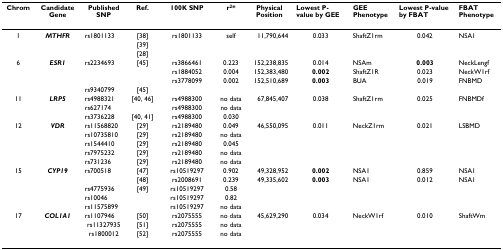
<table><thead><tr><td><b>Chrom</b></td><td><b>Candidate Gene</b></td><td><b>Published SNP</b></td><td><b>Ref.</b></td><td><b>100K SNP</b></td><td><b>r<sup>2</sup>*</b></td><td><b>Physical Position</b></td><td><b>Lowest P-value by GEE</b></td><td><b>GEE Phenotype</b></td><td><b>Lowest P-value by FBAT</b></td><td><b>FBAT Phenotype</b></td></tr></thead><tbody><tr><td>1</td><td><b><i>MTHFR</i></b></td><td>rs1801133</td><td>[38]</td><td>rs1801133</td><td>self</td><td>11,790,644</td><td>0.033</td><td>ShaftZ1rm</td><td>0.042</td><td>NSA1</td></tr><tr><td></td><td></td><td></td><td>[39]</td><td></td><td></td><td></td><td></td><td></td><td></td><td></td></tr><tr><td></td><td></td><td></td><td>[28]</td><td></td><td></td><td></td><td></td><td></td><td></td><td></td></tr><tr><td>6</td><td><b><i>ESR1</i></b></td><td>rs2234693</td><td>[45]</td><td>rs3866461</td><td>0.223</td><td>152,238,835</td><td>0.014</td><td>NSAm</td><td><b>0.003</b></td><td>NeckLengf</td></tr><tr><td></td><td></td><td></td><td></td><td>rs1884052</td><td>0.004</td><td>152,383,480</td><td><b>0.002</b></td><td>ShaftZ1R</td><td>0.023</td><td>NeckW1rf</td></tr><tr><td></td><td></td><td></td><td></td><td>rs3778099</td><td>0.002</td><td>152,510,689</td><td><b>0.003</b></td><td>BUA</td><td>0.019</td><td>FNBMD</td></tr><tr><td></td><td></td><td>rs9340799</td><td>[45]</td><td></td><td></td><td></td><td></td><td></td><td></td><td></td></tr><tr><td>11</td><td><b><i>LRP5</i></b></td><td>rs4988321</td><td>[40, 46]</td><td>rs4988300</td><td>no data</td><td>67,845,407</td><td>0.038</td><td>ShaftZ1rm</td><td>0.025</td><td>FNBMDf</td></tr><tr><td></td><td></td><td>rs627174</td><td></td><td>rs4988300</td><td>no data</td><td></td><td></td><td></td><td></td><td></td></tr><tr><td></td><td></td><td>rs3736228</td><td>[40, 41]</td><td>rs4988300</td><td>0.030</td><td></td><td></td><td></td><td></td><td></td></tr><tr><td>12</td><td><b><i>VDR</i></b></td><td>rs11568820</td><td>[29]</td><td>rs2189480</td><td>0.049</td><td>46,550,095</td><td>0.011</td><td>NeckZ1rm</td><td>0.021</td><td>LSBMD</td></tr><tr><td></td><td></td><td>rs10735810</td><td>[29]</td><td>rs2189480</td><td>no data</td><td></td><td></td><td></td><td></td><td></td></tr><tr><td></td><td></td><td>rs1544410</td><td>[29]</td><td>rs2189480</td><td>0.045</td><td></td><td></td><td></td><td></td><td></td></tr><tr><td></td><td></td><td>rs7975232</td><td>[29]</td><td>rs2189480</td><td>no data</td><td></td><td></td><td></td><td></td><td></td></tr><tr><td></td><td></td><td>rs731236</td><td>[29]</td><td>rs2189480</td><td>no data</td><td></td><td></td><td></td><td></td><td></td></tr><tr><td>15</td><td><b><i>CYP19</i></b></td><td>rs700518</td><td>[47]</td><td>rs10519297</td><td>0.902</td><td>49,328,952</td><td><b>0.002</b></td><td>NSA1</td><td>0.859</td><td>NSA1</td></tr><tr><td></td><td></td><td></td><td>[48]</td><td>rs2008691</td><td>0.239</td><td>49,335,602</td><td><b>0.003</b></td><td>NSA1</td><td>0.012</td><td>NSA1</td></tr><tr><td></td><td></td><td>rs4775936</td><td>[49]</td><td>rs10519297</td><td>0.58</td><td></td><td></td><td></td><td></td><td></td></tr><tr><td></td><td></td><td>rs10046</td><td></td><td>rs10519297</td><td>0.82</td><td></td><td></td><td></td><td></td><td></td></tr><tr><td></td><td></td><td>rs11575899</td><td></td><td>rs10519297</td><td>no data</td><td></td><td></td><td></td><td></td><td></td></tr><tr><td>17</td><td><b><i>COL1A1</i></b></td><td>rs1107946</td><td>[50]</td><td>rs2075555</td><td>no data</td><td>45,629,290</td><td>0.034</td><td>NeckW1rf</td><td>0.010</td><td>ShaftWm</td></tr><tr><td></td><td></td><td>rs11327935</td><td>[51]</td><td>rs2075555</td><td>no data</td><td></td><td></td><td></td><td></td><td></td></tr><tr><td></td><td></td><td>rs1800012</td><td>[52]</td><td>rs2075555</td><td>no data</td><td></td><td></td><td></td><td></td><td></td></tr></tbody></table>